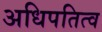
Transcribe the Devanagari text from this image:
अधिपतित्व